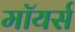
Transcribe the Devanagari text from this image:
मॉयर्स